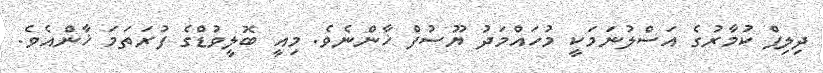
ދިލިޕް ކުމާރުގެ އަސްލުނަމަކީ މުހައްމަދު ޔޫސުފް ޚާންނެވެ. މިއީ ބޮލީވުޑްގެ ފުރަތަމަ ޚާންއެވެ.